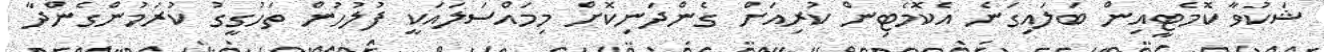
ޝަކުވާ ކޮމެޓީއިން ބަލައިގަނެ އެކޮމެޓިން ކުރިއަށް ގެންދަނިކޮށް މިމައްސަލައަކީ ފުލުހުން ތަހުގީގު ކުރަމުންގެންދާ